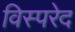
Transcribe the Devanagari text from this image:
विस्परेद